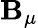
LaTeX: \mathbf{B}_{\mu}